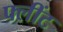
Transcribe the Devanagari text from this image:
फ्लींट